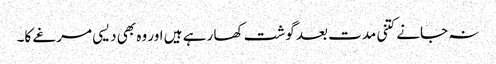
نہ جانے کتنی مدت بعد گوشت کھا رہے ہیں اور وہ بھی دیسی مرغے کا۔